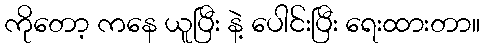
ကိုတော့ ကနေ ယူပြီး နဲ့ ပေါင်းပြီး ရေးထားတာ။